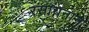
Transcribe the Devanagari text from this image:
रसायनाने